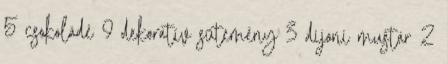
5 csokoládé 9 dekoratív sütemény 3 dijoni mustár 2